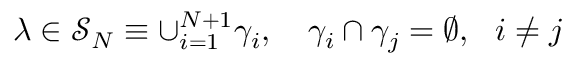
\lambda \in \mathcal { S } _ { N } \equiv \cup _ { i = 1 } ^ { N + 1 } \gamma _ { i } , \quad \gamma _ { i } \cap \gamma _ { j } = \emptyset , \ \ i \ne j